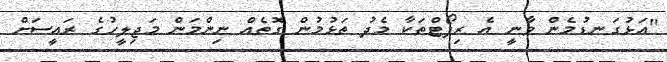
"އަޅުގަނޑުމެން ވާނީ އެ ރިޕޯޓްތަކާ މެދު ތަޅުމުން ގޮތެއް ނިންމަން މަޖިލީހުގެ ރައީސަށް